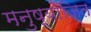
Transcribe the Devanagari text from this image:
मनुष्योजित